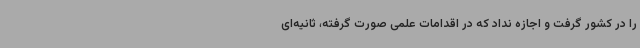
را در کشور گرفت و اجازه نداد که در اقدامات علمی صورت گرفته، ثانیه‌ای